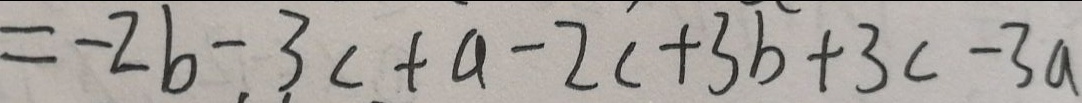
= - 2 b - 3 c + a - 2 c + 3 b + 3 c - 3 a